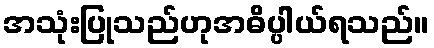
အသုံးပြုသည်ဟုအဓိပ္ပါယ်ရသည်။